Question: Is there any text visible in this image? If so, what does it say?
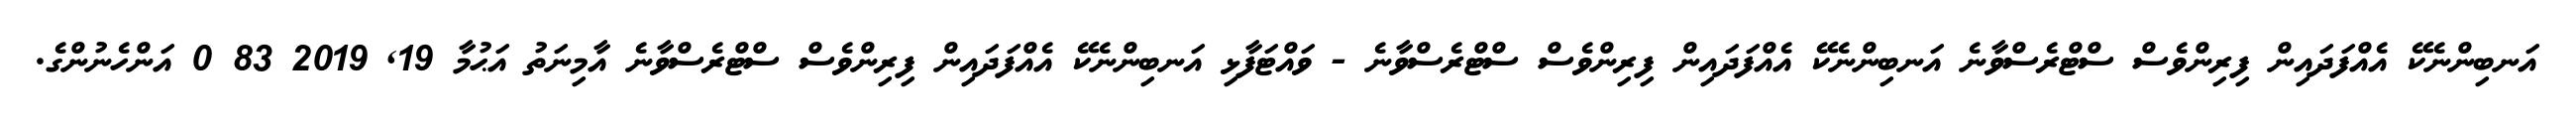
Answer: އަނބިންނެކޭ އެއްފަދައިން ފިރިންވެސް ސްޓްރެސްވާނެ އަނބިންނެކޭ އެއްފަދައިން ފިރިންވެސް ސްޓްރެސްވާނެ - ވައްޓަފާޅި އަނބިންނެކޭ އެއްފަދައިން ފިރިންވެސް ސްޓްރެސްވާނެ އާމިނަތު އަޙުމާ 19, 2019 83 0 އަންހެނުންގެ.